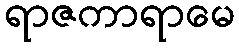
ရာဇကာရာမေ